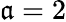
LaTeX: \mathfrak{a}=2